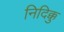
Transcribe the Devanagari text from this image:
निदिक्कु